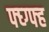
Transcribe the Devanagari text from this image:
फ्घ्ग्फ्ह